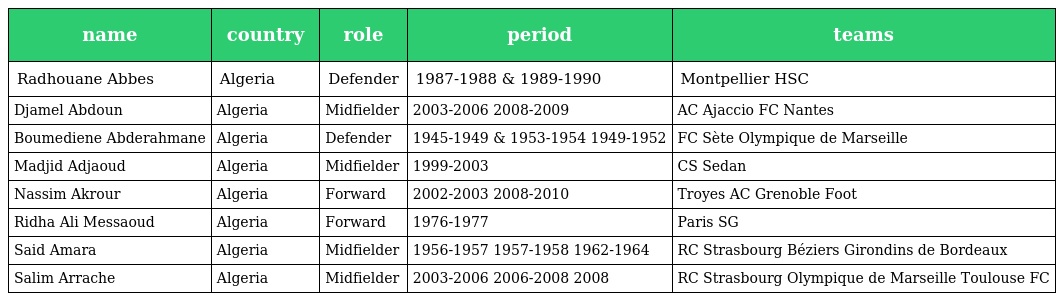
| name | country | role | period | teams |
 | --- | --- | --- | --- | --- |
 | Radhouane Abbes | Algeria | Defender | 1987-1988 & 1989-1990 | Montpellier HSC |
 | Djamel Abdoun | Algeria | Midfielder | 2003-2006 2008-2009 | AC Ajaccio FC Nantes |
 | Boumediene Abderahmane | Algeria | Defender | 1945-1949 & 1953-1954 1949-1952 | FC Sète Olympique de Marseille |
 | Madjid Adjaoud | Algeria | Midfielder | 1999-2003 | CS Sedan |
 | Nassim Akrour | Algeria | Forward | 2002-2003 2008-2010 | Troyes AC Grenoble Foot |
 | Ridha Ali Messaoud | Algeria | Forward | 1976-1977 | Paris SG |
 | Said Amara | Algeria | Midfielder | 1956-1957 1957-1958 1962-1964 | RC Strasbourg Béziers Girondins de Bordeaux |
 | Salim Arrache | Algeria | Midfielder | 2003-2006 2006-2008 2008 | RC Strasbourg Olympique de Marseille Toulouse FC |